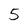
Character: 5